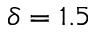
\delta = 1 . 5